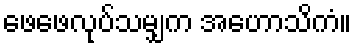
ဖေဖေလုပ်သမျှက အဟောသိကံ။